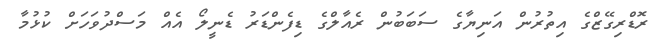
ރޮޑްރިގޭޒްގެ އިތުރުން އަނިޔާގެ ސަބަބުން ރެއާލްގެ ޑިފެންޑަރު ޑެނީލޯ އެއް މަސްދުވަހަށް ކުޅުމާ